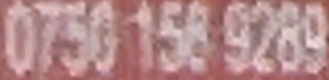
0750 158 9289